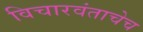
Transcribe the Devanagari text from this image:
विचारवंताचेच